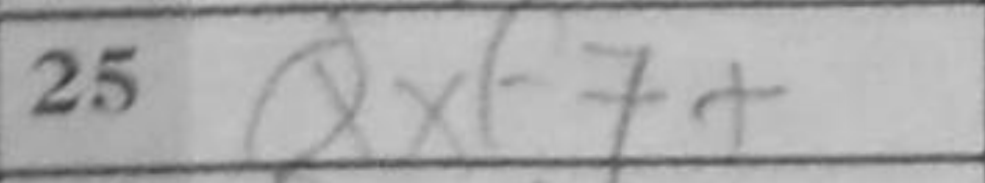
Transcription: Qxf7+